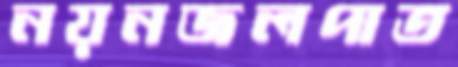
নয়নজলপাত